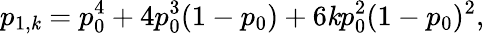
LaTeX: p_{1,\mathit{k}}=p_{0}^{4}+4p_{0}^{3}(1-p_{0})+6\mathit{k}p_{0}^{2}(1-p_{0})^{2},